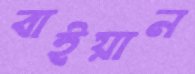
বাইয়ান